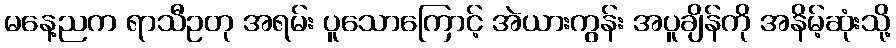
မနေ့ညက ရာသီဥတု အရမ်း ပူသောကြောင့် အဲယားကွန်း အပူချိန်ကို အနိမ့်ဆုံးသို့